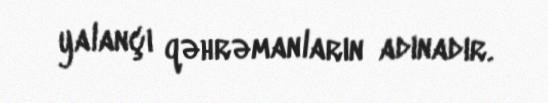
yalançı qəhrəmanların adınadır.